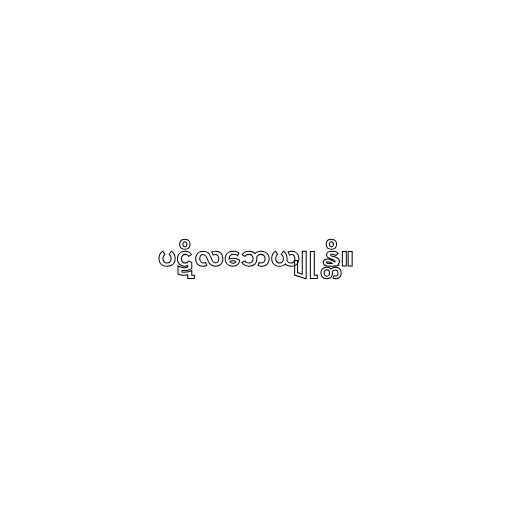
ပဋိလဘေယျုန္တိ။